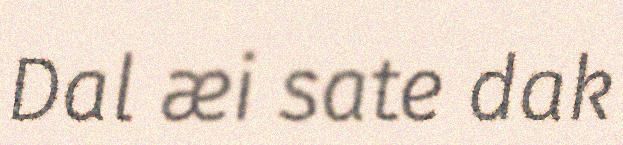
Dal æi sate dak